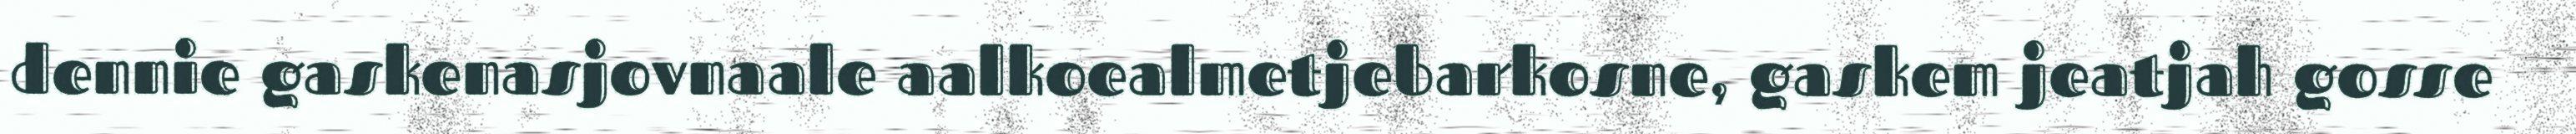
dennie gaskenasjovnaale aalkoealmetjebarkosne, gaskem jeatjah gosse